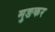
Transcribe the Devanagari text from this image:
मुङकर